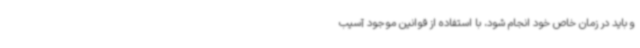
و باید در زمان خاص خود انجام شود، با استفاده از قوانین موجود آسیب